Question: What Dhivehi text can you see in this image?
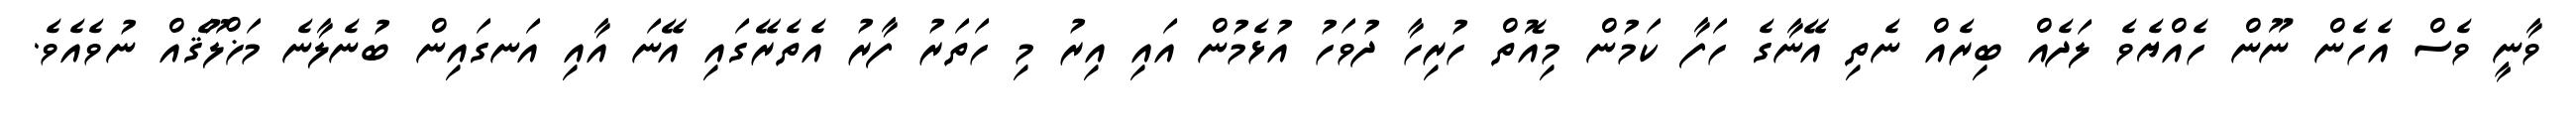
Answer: ވާނީ ވެސް އެހެން ނޫން ހެއްޔެވެ ލަދެއް ބިރެއް ނެތި އޭނާގެ ހަފާ ކަމުން މިއޮތް ހުރިހާ ދުވަހު އުޅެމުން އައި އިރު މި ހަތަރު ފާރު އެތެރޭގައި އޭނަ އާއި އަނގައިން ބުނެލާނެ މަޚްލޫޤެއް ނުވެއެވެ.